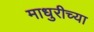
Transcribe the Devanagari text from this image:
माधुरीच्या